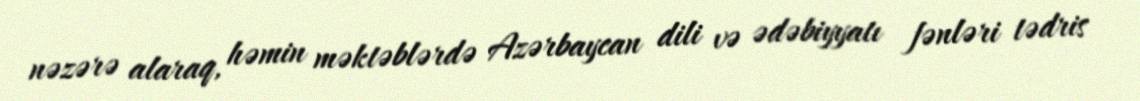
nəzərə alaraq, həmin məktəblərdə Azərbaycan dili və ədəbiyyatı fənləri tədris